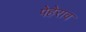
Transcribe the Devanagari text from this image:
पेहेराव